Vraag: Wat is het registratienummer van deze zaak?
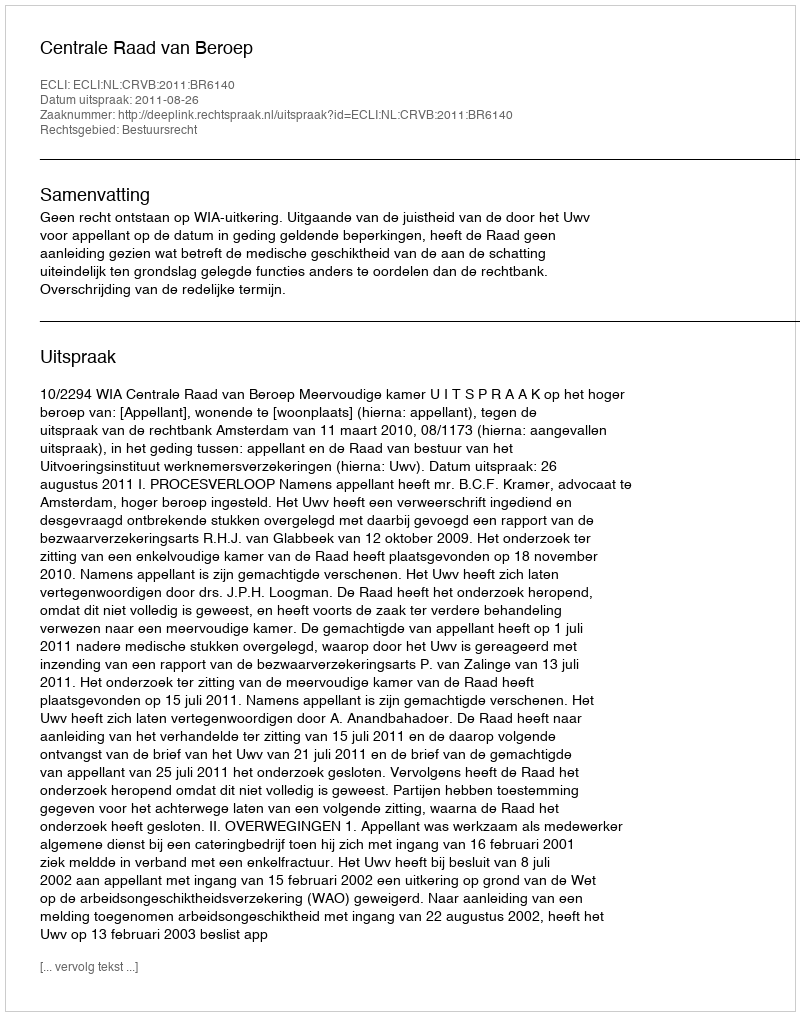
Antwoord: http://deeplink.rechtspraak.nl/uitspraak?id=ECLI:NL:CRVB:2011:BR6140